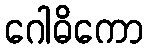
ဂေါဓိကော